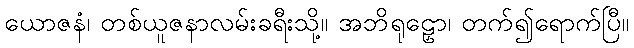
ယောဇနံ၊ တစ်ယူဇနာလမ်းခရီးသို့။ အဘိရုဠှော၊ တက်၍ရောက်ပြီ။